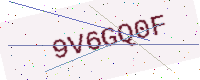
Text: 9V6GQ0F